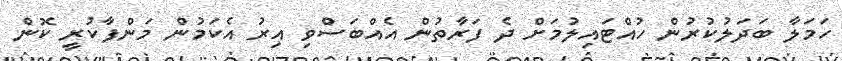
ހަމަލާ ބަދަލުކުރުން ހުއްޓައިލުމަށް ދެ ފަރާތުން އެއްބަސްވި އިރު އެކަމުން މަންފާކުރީ ކޮން